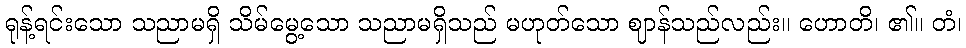
ရုန့်ရင်းသော သညာမရှိ သိမ်မွေ့သော သညာမရှိသည် မဟုတ်သော ဈာန်သည်လည်း။ ဟောတိ၊ ၏။ တံ၊